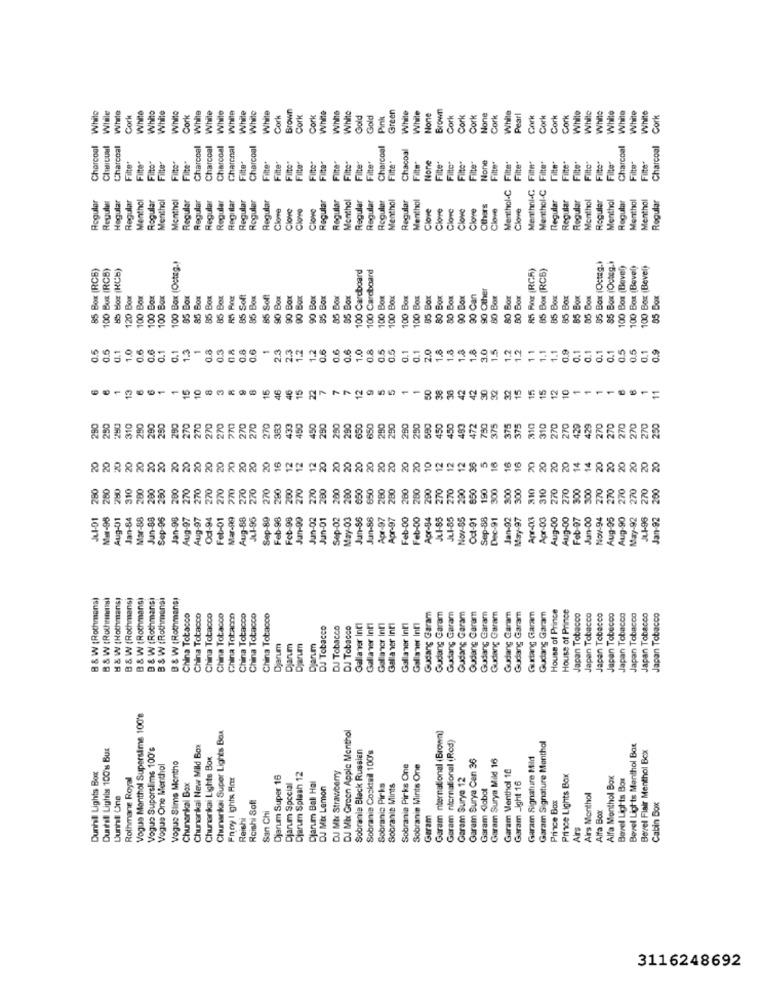
Brown
Brown
White
White
White
Cork
White
White
White
White
Cork
White
White
While
White
While
While
White
Cork
Cork
Cork
While
White
White
Gold
Gold
Pink
Green
White
While
Cork
Cork
Cork
Cork
White
Pearl
Cork
Cork
Cork
Cork
While
While
While
White
White
White
Cork
Charcoal
Chuancual
Charcoal
Charcoal
Charcoal
Charcoal
Charonal
Charcoal
Charcoal
Chacoal
Charcoal
Charcoal
Filter
Filter
Filter
Fitte"
Fine"
Filte"
Filter
Filter
Filter
Filter
Filte*
Tilte"
Filte"
File"
Filter
Fito"
File"
Filte"
Filter
Filte
Fitto"
Fitte"
Filte
Fitte
Filte
Filte"
Menthol-C
Menthnl-C
Menthol-C
Roguler
Hogular
Regular
Menthol
Menthol
Regular
Regular
Regular
Regular
Regular
Regular
Regular
Regular
Regular
Regular
Menthol
Regular
Regular
Regular
Menthol
Regular
Menthol
Regular
Regular
Regular
Monthol
Regular
Menthol
Regular
Menthol
Menthol
Regular
Regula
Regular
Menthol
Clove
Clove
Close
Clove
Clove
Close
Close
Close
Clone
Others
Clove
Clove
85 Box (Octeg.)
85 Box (RC6)
(RCB)
85 Box (RCB)
100 Box (Ostog.)
100 Cardboard
100 Cardboard
85 Rog (RCR)
85 Box (RCB)
85 Box (Octeg.)
100 Box (Bevel)
100 Box (Bevel)
100 Box (Bevel)
90 Other
120 Box
100 Box
100 Box
100 Box
85 Box
85 Box
85 Box
85 Soft
85 Box
85 Soft
90 Box
90 Box
90 Box
85 Box
85 Box
85 Box
100 Box
100 Box
100 Box
100 Box
85 Box
80 Box
80 Box
90 Box
90 Can
80 Box
80 Bor
80 Box
85 Box
85 Box
85 Box
05 Box
100
85 B
90
85 B
0.5
0.5
0.1
1.0
0.6
0.6
0.1
13
1
0.8
0.3
08
0.8
0.6
1
2.3
2.3
1.2
1.2
0.6
0.6
0.6
1.0
0.8
0.5
0.5
0.1
0.1
2.0
1.8
1.8
1.8
1.8
3.0
15
1.2
1.2
11
1.1
0.9
0.1
0.1
0.1
0.1
0.5
0.5
0.9
0.1
1.1
0.1
15
15
46
46
15
22
7
7
7
12
9
50
38
42
42
30
32
32
15
115
15
12
11
10
-
290
250
290
650
650
280
290
290
590
450
450
493
750
310
290
260
280
290
270
270
270
270
770
270
270
270
383
433
450
450
290
472
375
375
375
310
310
270
270
420
270
270
270
270
270
250
20
20
20
16
12
20
20
20
20
20
20
20
20
10
12
36
5
16
16
16
70
20
14
20
20
20
20
20
310
200
280
200
200
270
270
270
270
270
270
270
270
260
200
270
270
200
200
200
850
650
280
280
260
280
290
270
270
200
850
190
300
300
300
310
310
270
270
300
300
270
270
270
270
200
270
Me-95
Aug-01
Jan-84
Mar-88
Jun-88
Sep-96
Jan-98
Aug-97
Aug-97
Feb-01
Mar-99
Aug-88
Jul-95
Sep-89
Feb-98
Feb-98
Jun-99
Jun-02
Jun-01
Sep-02
May-03
Jun-56
Jun-88
Apr-97
Apr-97
Feb-00
Feb-00
Apr-34
Jul-85
Jul-85
Nov-35
Oct-91
Sep-88
Dec-91
Jan-92
Mary-97
Apr-CK3
Apr-03
Aug-00
Aug-00
Feb-07
Jun-00
Nov-94
Aug-95
Aug-90
May-92
J.1-95
Jan-92
16-PO
B & W (Rothmana)
B & W (Hothmans)
B & W (Rothmans)
B & W ( Rothmans)
B & W (Rothmans)
B & W (Rothmansi
B & W (Rothmans)
Gudang Caram
Gudang Caram
Gudang Garam
House of Prince
House of Prince
Japan Tobacco
Japan Tobacco
Japan Tobacco
China Tobacco
China Tobacco
China Tobacco
China Tobacco
China Tobacco
China Tobacco
China Tobacco
China Tobacco
Gallaner Inti
Gallancor Inti
Galla ser inti
Gallaner Int1
Gallaser Inti
Gudang Caram
Gudang Garam
Gudang Garam
Gudang Garam
Gudang Caram
Gudang Garam
Gurtang Garam
Gudang Garam
Japan Tobacco
Japan Tobacco
Japan Tobacco
Japan Tobacco
Japan Tobacco
DJ Tobacco
DJ Tobacco
DJ Tobacco
Gallaner Inti
Djanum
Djarum
Djarum
Djarum
Vogue Menthol Supersame 100's
Chunankkal Super Lights Box
DJ Mix Green Apple Menthol
Garam nternational (Brown)
Duntel Lighilas 100's Bux
Vogue Suporslims 100's
Chunenkkal New Mild Box
Sobranla Black Russian
Garam nternational (Red)
Garam Signature Menthol
Borrel Lights Menthol Box
Bevel Flair Menthol Box
Chunonkkal Lights Box
Sobranie Cocktail 100's
Garam Surya Can 36
Garam Surya Mild 16
Garam Signature Mild
Dunhill Lights Box
Vogue One Menthol
Vogue Slime Mentho
DJ Mix Strawberry
Sobranie Pirks One
Sobranin Mints One
Rothmane Royal
Fnoy 1 ights Har
Djarum Super 16
Djarum Splash 12
Djarum Ball Hal
Garam Surya 12
Garam Menthol 16
Prince Lights Box
Alfa Menthol Box
Bevel Lights Box
Chunonkal Box
Djarum Special
DJ Mix Lemon
Sobranis Pirka
Sobrania Mints
Garam <lobot
Garam _ight 16
Dunhill Une
Reishi Soft
Airs Monthol
Prince Box
Alfa Box
Cabin Box
Reishi
San Chi
Garam
Ars
3116248692